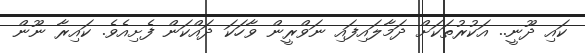
ކައި ދޫނީ.. އަކުރުތަކަށް ދަމާލައިފައި ނަވްރީން ވާހަކަ ދައްކަން ފެށިއެވެ. ކައިރާ ނޫން